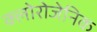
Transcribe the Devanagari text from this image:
क्लोरोजेनिक